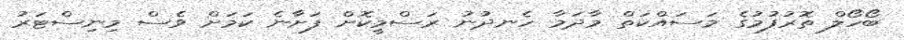
ބޯހޯލް ތޮރުފުމުގެ މަސައްކަތް މާދަމާ ހެނދުނު ރަސްމީކޮށް ފަށާނެ ކަމަށް ވެސް މިނިސްޓަރު